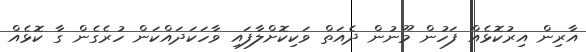
އާރިން އިރުކޮޅެއް ފަހުން މޫނުން ދެއަތް ވަކިކޮށްލާފައި ވާހަކަދައްކަން ހުރެގެން ގާ ކޮޅެއް